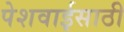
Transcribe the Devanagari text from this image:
पेशवाईसाठी